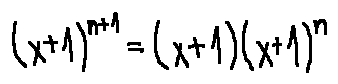
( x + 1 ) ^ { n + 1 } = ( x + 1 ) ( x + 1 ) ^ { n }